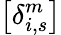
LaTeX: \left[\delta_{i,s}^{m}\right]